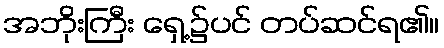
အဘိုးကြီး ရှေ့၌ပင် တပ်ဆင်ရ၏။